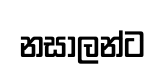
නසාලන්ට